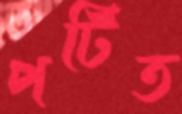
পটিত